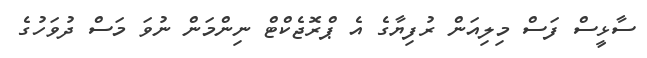
ސާޅީސް ފަސް މިލިއަން ރުފިޔާގެ އެ ޕްރޮޖެކްޓް ނިންމަން ނުވަ މަސް ދުވަހުގެ